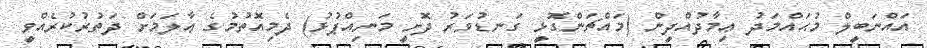
އައްނަބީލް މުޙައްމަދު ޢިމާދުއްދީން (މައްޗަންގޮޅީ ގަނޑުވަރު ދޮށީ މަނިއްޕުޅު) ދެމިއޮތުމުގެ ޢާލަމަށް ދަތުރުކުރެއްވީ